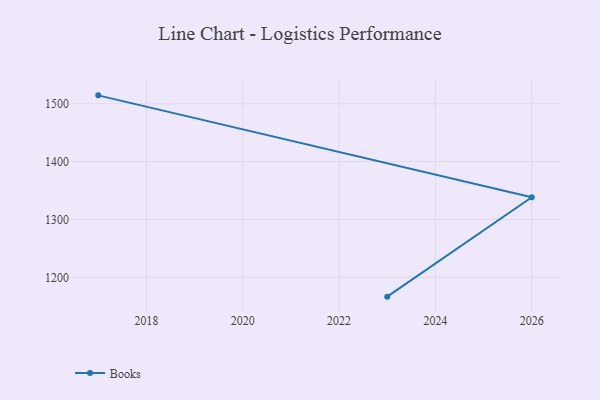
{"axis": {"x": "Year", "y": "Tickets Resolved"}, "legend": ["Books"], "data": [{"x": "2017", "y": 1514.7, "type": "Books"}, {"x": "2026", "y": 1338.4, "type": "Books"}, {"x": "2023", "y": 1166.6, "type": "Books"}]}